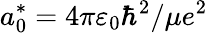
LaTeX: a_{0}^{*}=4\pi\varepsilon_{0}\hbar^{2}/\mu e^{2}